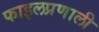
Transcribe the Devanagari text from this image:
फाइलप्रणाली